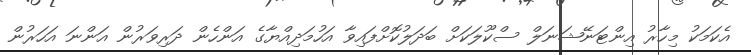
އެކަމަކު މިހާރު އިންޓަނޭޝަނަލް ސްކޫލަކަށް ބަދަލުކޮށްފައިވާ އަހުމަދިއްޔާގެ އަންހެން ދަރިވަރުން އަންނަ އަހަރުން